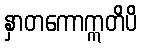
နှာတကောဣတိပိ